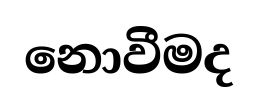
නොවීමද